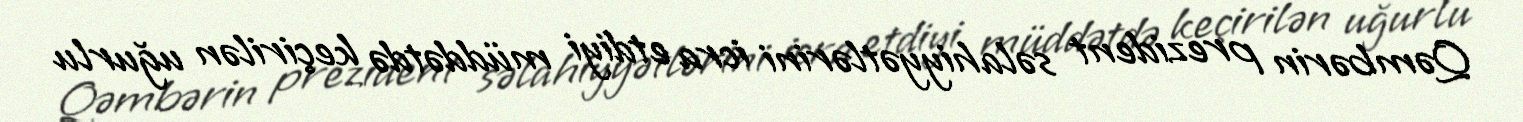
Qəmbərin prezident səlahiyyətlərini icra etdiyi müddətdə keçirilən uğurlu